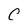
Character: C